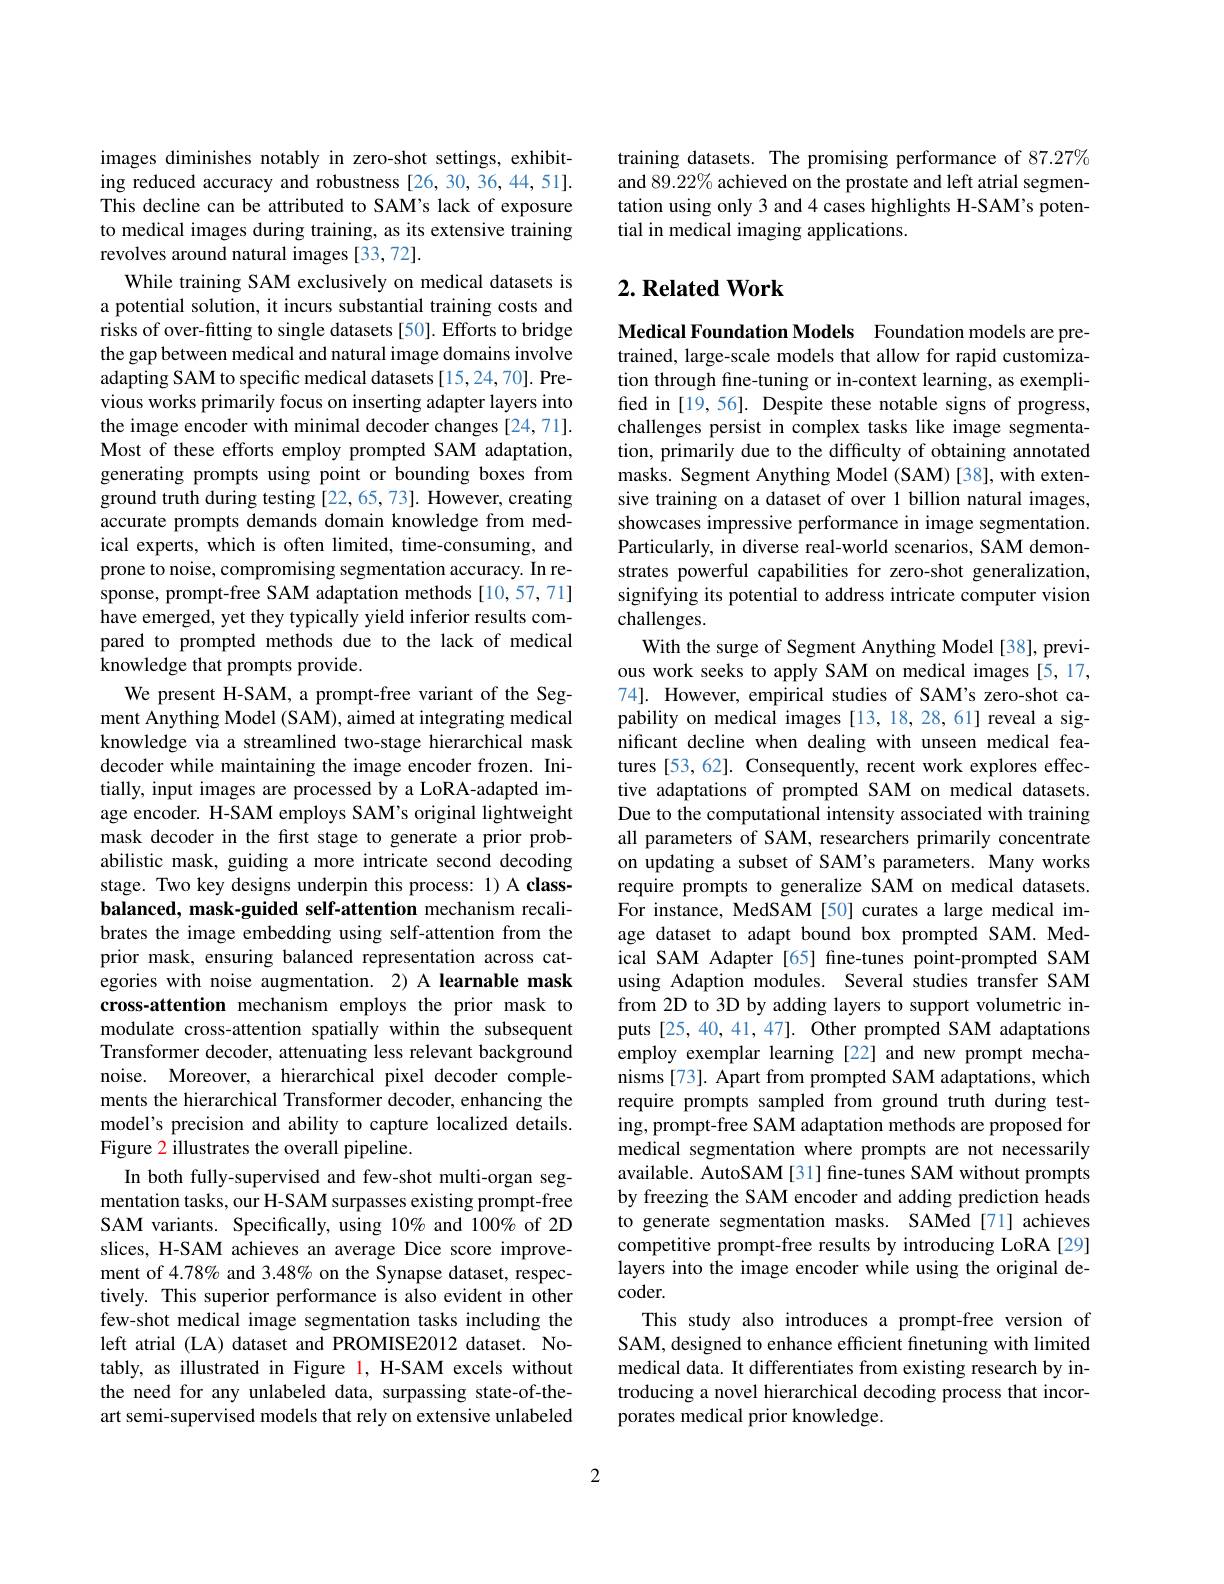
images diminishes notably in zero-shot settings, exhibiting reduced accuracy and robustness [26,30,36,44,51]. This decline can be attributed to SAM's lack of exposure to medical images during training, as its extensive training revolves around natural images [33,72].
While training SAM exclusively on medical datasets is a potential solution, it incurs substantial training costs and risks of over-fitting to single datasets [50]. Efforts to bridge the gap between medical and natural image domains involve adapting SAM to specific medical datasets [15,24,70]. Previous works primarily focus on inserting adapter layers into the image encoder with minimal decoder changes [24,71]. Most of these efforts employ prompted SAM adaptation, generating prompts using point or bounding boxes from ground truth during testing [22,65,73]. However, creating accurate prompts demands domain knowledge from medical experts, which is often limited, time-consuming, and prone to noise, compromising segmentation accuracy. In response, prompt-free SAM adaptation methods[10,57,71] have emerged, yet they typically yield inferior results compared to prompted methods due to the lack of medical knowledge that prompts provide.
We present H-SAM, a prompt-free variant of the Segment Anything Model (SAM), aimed at integrating medical knowledge via a streamlined two-stage hierarchical mask decoder while maintaining the image encoder frozen. Initially, input images are processed by a LoRA-adapted image encoder. H-SAM employs SAM's original lightweight mask decoder in the first stage to generate a prior probabilistic mask, guiding a more intricate second decoding stage. Two key designs underpin this process: 1) A classbalanced, mask-guided self-attention mechanism recalibrates the image embedding using self-attention from the prior mask, ensuring balanced representation across categories with noise augmentation. 2) A learnable mask cross-attention mechanism employs the prior mask to modulate cross-attention spatially within the subsequent Transformer decoder, attenuating less relevant background noise. Moreover, a hierarchical pixel decoder complements the hierarchical Transformer decoder, enhancing the model's precision and ability to capture localized details. Figure 2 illustrates the overall pipeline.
In both fully-supervised and few-shot multi-organ segmentation tasks, our H-SAM surpasses existing prompt-free SAM variants. Specifically, using 10% and 100% of 2D slices, H-SAM achieves an average Dice score improvement of 4.78% and 3.48% on the Synapse dataset, respectively. This superior performance is also evident in other few-shot medical image segmentation tasks including the left atrial (LA) dataset and PROMISE2012 dataset. Notably, as illustrated in Figure 1, H-SAM excels without the need for any unlabeled data, surpassing state-of-theart semi-supervised models that rely on extensive unlabeled

training datasets. The promising performance of 87.27% and 89.22% achieved on the prostate and left atrial segmentation using only 3 and 4 cases highlights H-SAM's potential in medical imaging applications.

## $2. \textbf{Related Work}$

Medical Foundation Models Foundation models are pretrained, large-scale models that allow for rapid customization through fine-tuning or in-context learning, as exemplified in [19,56]. Despite these notable signs of progress, challenges persist in complex tasks like image segmentation, primarily due to the difficulty of obtaining annotated masks. Segment Anything Model (SAM) [38], with extensive training on a dataset of over 1 billion natural images, showcases impressive performance in image segmentation. Particularly, in diverse real-world scenarios, SAM demonstrates powerful capabilities for zero-shot generalization, signifying its potential to address intricate computer vision challenges.
With the surge of Segment Anything Model [38], previous work seeks to apply SAM on medical images [5,17, 74]. However, empirical studies of SAM's zero-shot capability on medical images [13,18,28,61] reveal a significant decline when dealing with unseen medical features [53,62]. Consequently, recent work explores effective adaptations of prompted SAM on medical datasets. Due to the computational intensity associated with training all parameters of SAM, researchers primarily concentrate on updating a subset of SAM's parameters. Many works require prompts to generalize SAM on medical datasets. For instance, MedSAM [50] curates a large medical image dataset to adapt bound box prompted SAM. Medical SAM Adapter [65] fine-tunes point-prompted SAM using Adaption modules. Several studies transfer SAM from 2D to 3D by adding layers to support volumetric inputs [25, 40, 41, 47]. Other prompted SAM adaptations employ exemplar learning [22] and new prompt mechanisms [73]. Apart from prompted SAM adaptations, which require prompts sampled from ground truth during testing, prompt-free SAM adaptation methods are proposed for medical segmentation where prompts are not necessarily available. AutoSAM[31] fine-tunes SAM without prompts by freezing the SAM encoder and adding prediction heads to generate segmentation masks. SAMed[71] achieves competitive prompt-free results by introducing LoRA[29] layers into the image encoder while using the original de- $coder.$
This study also introduces a prompt-free version of SAM, designed to enhance efficient finetuning with limited medical data. It differentiates from existing research by introducing a novel hierarchical decoding process that incorporates medical prior knowledge.

2